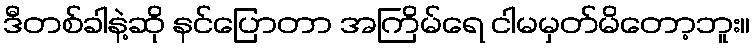
ဒီတစ်ခါနဲ့ဆို နင်ပြောတာ အကြိမ်ရေ ငါမမှတ်မိတော့ဘူး။